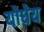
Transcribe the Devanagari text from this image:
योधेय